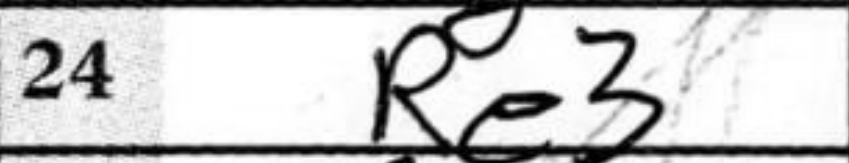
Transcription: Re3